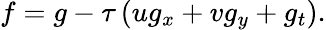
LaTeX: f=g-\tau\left(u{{g}_{x}}+v{{g}_{y}}+{{g}_{t}}\right).